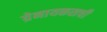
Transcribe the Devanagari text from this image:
ग्रेनायकसची